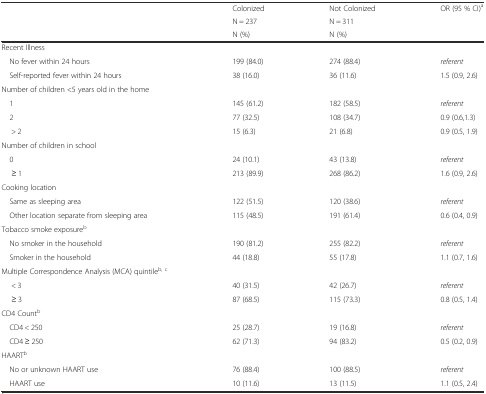
<table><thead><tr><td rowspan="2"></td><td><b>Colonized</b></td><td><b>Not Colonized</b></td><td rowspan="2"><b>OR (95 % CI)<sup>a</sup></b></td></tr><tr><td><b>N = 237</b></td><td><b>N = 311</b></td></tr><tr><td></td><td><b>N (%)</b></td><td><b>N (%)</b></td><td></td></tr></thead><tbody><tr><td>Recent Illness</td><td></td><td></td><td></td></tr><tr><td> No fever within 24 hours</td><td>199 (84.0)</td><td>274 (88.4)</td><td><i>referent</i></td></tr><tr><td> Self-reported fever within 24 hours</td><td>38 (16.0)</td><td>36 (11.6)</td><td>1.5 (0.9, 2.6)</td></tr><tr><td>Number of children &lt;5 years old in the home</td><td></td><td></td><td></td></tr><tr><td> 1</td><td>145 (61.2)</td><td>182 (58.5)</td><td><i>referent</i></td></tr><tr><td> 2</td><td>77 (32.5)</td><td>108 (34.7)</td><td>0.9 (0.6,1.3)</td></tr><tr><td>&gt; 2</td><td>15 (6.3)</td><td>21 (6.8)</td><td>0.9 (0.5, 1.9)</td></tr><tr><td>Number of children in school</td><td></td><td></td><td></td></tr><tr><td> 0</td><td>24 (10.1)</td><td>43 (13.8)</td><td><i>referent</i></td></tr><tr><td>≥ 1</td><td>213 (89.9)</td><td>268 (86.2)</td><td>1.6 (0.9, 2.6)</td></tr><tr><td>Cooking location</td><td></td><td></td><td></td></tr><tr><td> Same as sleeping area</td><td>122 (51.5)</td><td>120 (38.6)</td><td><i>referent</i></td></tr><tr><td> Other location separate from sleeping area</td><td>115 (48.5)</td><td>191 (61.4)</td><td>0.6 (0.4, 0.9)</td></tr><tr><td>Tobacco smoke exposure<sup>b</sup></td><td></td><td></td><td></td></tr><tr><td> No smoker in the household</td><td>190 (81.2)</td><td>255 (82.2)</td><td><i>referent</i></td></tr><tr><td> Smoker in the household</td><td>44 (18.8)</td><td>55 (17.8)</td><td>1.1 (0.7, 1.6)</td></tr><tr><td>Multiple Correspondence Analysis (MCA) quintile<sup>b, c</sup></td><td></td><td></td><td></td></tr><tr><td>&lt; 3</td><td>40 (31.5)</td><td>42 (26.7)</td><td><i>referent</i></td></tr><tr><td>≥ 3</td><td>87 (68.5)</td><td>115 (73.3)</td><td>0.8 (0.5, 1.4)</td></tr><tr><td>CD4 Count<sup>b</sup></td><td></td><td></td><td></td></tr><tr><td> CD4 &lt; 250</td><td>25 (28.7)</td><td>19 (16.8)</td><td><i>referent</i></td></tr><tr><td> CD4 ≥ 250</td><td>62 (71.3)</td><td>94 (83.2)</td><td>0.5 (0.2, 0.9)</td></tr><tr><td>HAART<sup>b</sup></td><td></td><td></td><td></td></tr><tr><td> No or unknown HAART use</td><td>76 (88.4)</td><td>100 (88.5)</td><td><i>referent</i></td></tr><tr><td> HAART use</td><td>10 (11.6)</td><td>13 (11.5)</td><td>1.1 (0.5, 2.4)</td></tr></tbody></table>